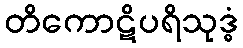
တိကောဋိပရိသုဒ္ဓံ